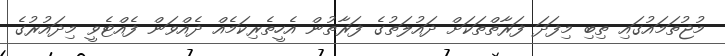
މުޖުތަމައުގައި ތިބި މިފަދަ ފަރާތްތަކަށް ދައުލަތުގެ ފަރާތުން އެހީތެރިކަމެއް ދެއްވަން ފެއްޓެވީ މިދައުރުގެ